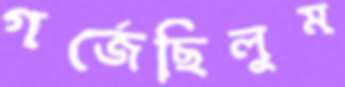
গর্‌জেছিলুম